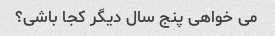
می خواهی پنج سال دیگر کجا باشی؟